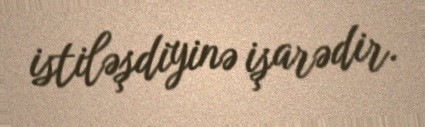
istiləşdiyinə işarədir.